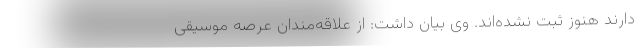
دارند هنوز ثبت نشده‌اند. وی بیان داشت: از علاقه‌مندان عرصه موسیقی